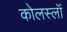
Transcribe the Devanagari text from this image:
कोलस्लॉ